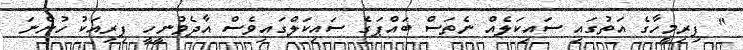
" ފިރިމީހާގެ އަތުގައި ސައިކަލެއް ނެތަސް ބައްޕަގެ ސައިކަލްގައިވެސް އާދެވުނީހީ ފިރިއަކު ހުންނަ